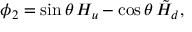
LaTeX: \phi _ { 2 } = \sin \theta \, H _ { u } - \cos \theta \, \tilde { H } _ { d } ,